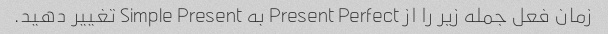
زمان فعل جمله زیر را از Present Perfect به Simple Present تغییر دهید.